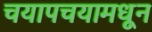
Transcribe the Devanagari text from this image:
चयापचयामधून